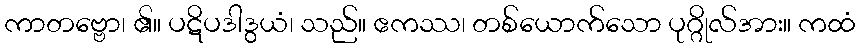
ကာတဗ္ဗော၊ ၏။ ပဋိပဒါဒွယံ၊ သည်။ ဧကဿ၊ တစ်ယောက်သော ပုဂ္ဂိုလ်အား။ ကထံ